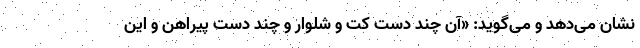
نشان می‌دهد و می‌گوید: «آن چند دست کت و شلوار و چند دست پیراهن و این